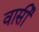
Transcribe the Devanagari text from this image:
वार्सी